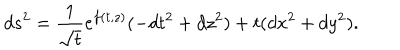
LaTeX: d s ^ { 2 } = \frac { 1 } { \sqrt { t } } e ^ { f ( t , z ) } ( - d t ^ { 2 } + d z ^ { 2 } ) + t ( d x ^ { 2 } + d y ^ { 2 } ) .